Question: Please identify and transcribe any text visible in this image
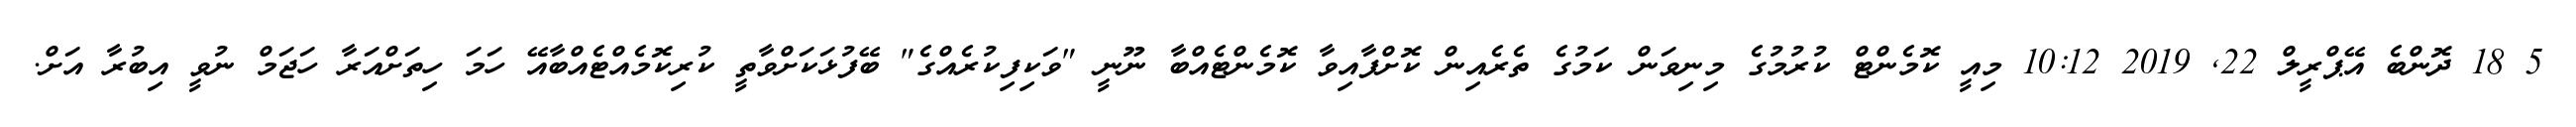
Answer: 5 18 ދޮންބެ އޭޕްރީލް 22, 2019 10:12 މިއީ ކޮމެންޓް ކުރުމުގެ މިނިވަން ކަމުގެ ތެރެއިން ކޮށްފާއިވާ ކޮމެންޓެއްބާ ނޫނީ "ވަކިފިކުރެއްގެ" ބޭފުޅަކަށްވާތީ ކުރިކޮމެއްޓެއްބާއޭ ހަމަ ހިތަށްއަރާ ހަޖަމް ނުވީ އިބުރާ އަށް.